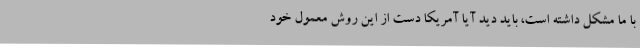
با ما مشکل داشته است، باید دید آیا آمریکا دست از این روش معمول خود